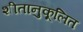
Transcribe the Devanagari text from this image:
शीतानुकूलित